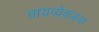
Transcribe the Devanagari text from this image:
वायव्येकडचा